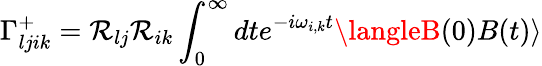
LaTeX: \Gamma_{ljik}^{+}=\mathcal{R}_{lj}\mathcal{R}_{ik}\int_{0}^{\infty}dte^{-i\omega_{i,k}t}\langleB(0)B(t)\rangle